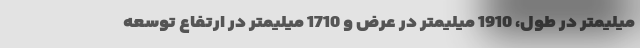
میلیمتر در طول، 1910 میلیمتر در عرض و 1710 میلیمتر در ارتفاع توسعه